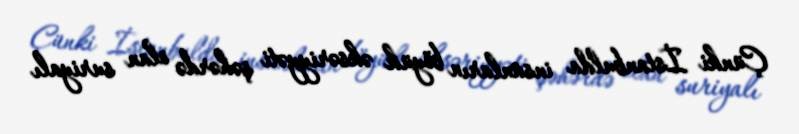
Çünki İstanbulda insanların böyük əksəriyyəti şəhərdə olan suriyalı